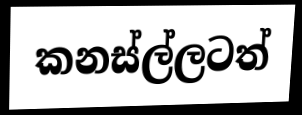
කනස්ල්ලටත්